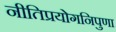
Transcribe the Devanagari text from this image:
नीतिप्रयोगनिपुणा